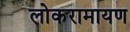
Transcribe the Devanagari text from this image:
लोकरामायण